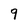
Character: 9